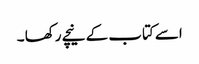
اسے کتاب کے نیچے رکھا ۔